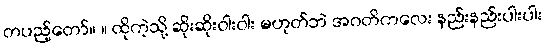
တပည့်တော်။ ။ ထိုကဲ့သို့ ဆိုးဆိုးဝါးဝါး မဟုတ်ဘဲ အဂတိကလေး နည်းနည်းပါးပါး